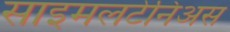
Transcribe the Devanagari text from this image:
साइमलटेनिअस